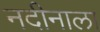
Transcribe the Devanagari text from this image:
नदीनाला